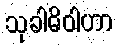
သုခါဓိဝါဟာ